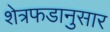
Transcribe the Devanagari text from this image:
शेत्रफडानुसार